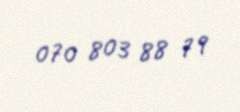
070 803 88 79